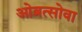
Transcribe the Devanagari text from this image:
ओब्रत्सोवा